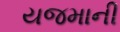
યજમાની